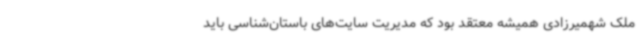
ملک شهمیرزادی همیشه معتقد بود که مدیریت سایت‌های باستان‌شناسی باید